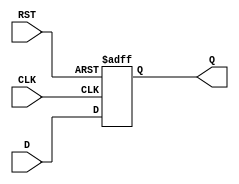
module FlipFlopRegister #(
    parameter WIDTH = 8  // Parameterized width of the register
)(
    input wire [WIDTH-1:0] D,   // Data input
    input wire CLK,              // Clock input
    input wire RST,              // Asynchronous reset input
    output reg [WIDTH-1:0] Q     // Data output
);

// Always block for synchronous reset and data storage
always @(posedge CLK or posedge RST) begin
    if (RST) begin
        Q <= {WIDTH{1'b0}};  // Asynchronous reset to 0
    end else begin
        Q <= D;              // Capture data on the rising edge of CLK
    end
end

endmodule